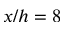
x / h = 8